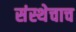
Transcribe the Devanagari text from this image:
संस्थेचाच